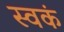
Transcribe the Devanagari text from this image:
स्वकं